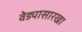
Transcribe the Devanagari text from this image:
वेड्यासारखा